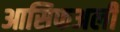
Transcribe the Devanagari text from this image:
आसिफअली